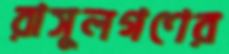
রাসুলগণের